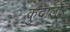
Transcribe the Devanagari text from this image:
कुदालोर